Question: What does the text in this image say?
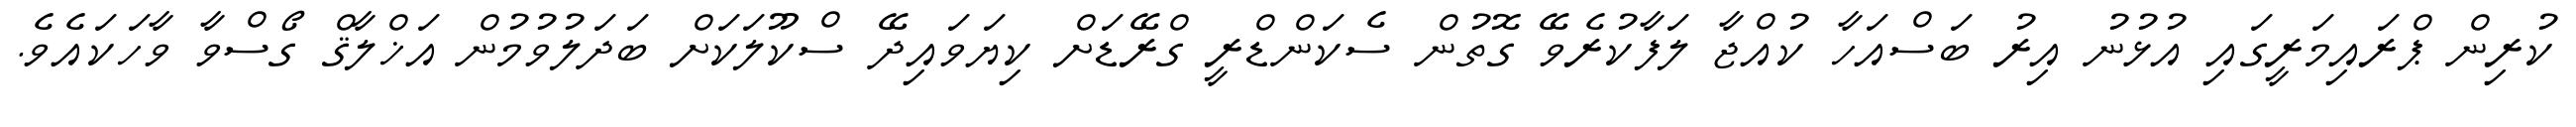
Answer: ކުރިން ޕްރައިމަރީގައި އުޅުނު އިރު ބަސްއަހާ ކުއްޖާ ލަފާކުރެވޭ ގޮތުން ސެކަންޑްރީ ގްރޭޑަށް ކިޔަވައިދޭ ސްކޫލަކަށް ބަދަލުވުމުން އަޚްލާޤް ގޯސްވާ ވާހަކައެވެ.